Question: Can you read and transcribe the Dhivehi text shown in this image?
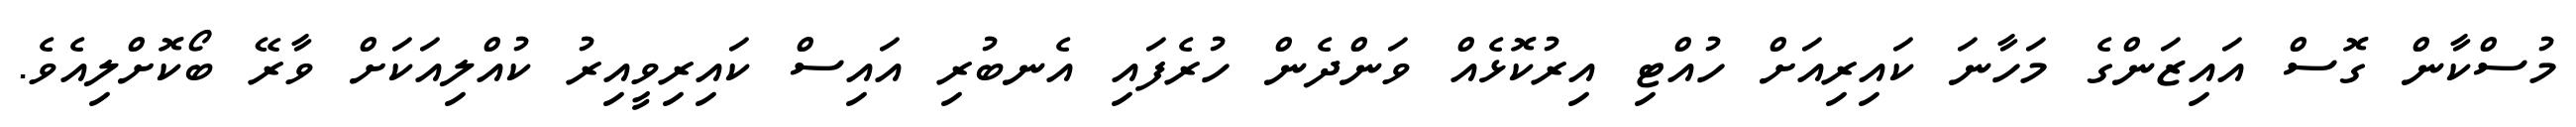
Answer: މުސްކާން ގޮސް އައިޒަންގެ މަހާނަ ކައިރިއަށް ހުއްޓި އިރުކޮޅެއް ވަންދެން ހުރެފައި އެނބުރި އައިސް ކައިރިވީއިރު ކުއްލިއަކަށް ވާރޭ ބޯކޮށްލިއެވެ.